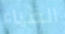
الضياء